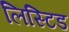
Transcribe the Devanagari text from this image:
लिस्टिड